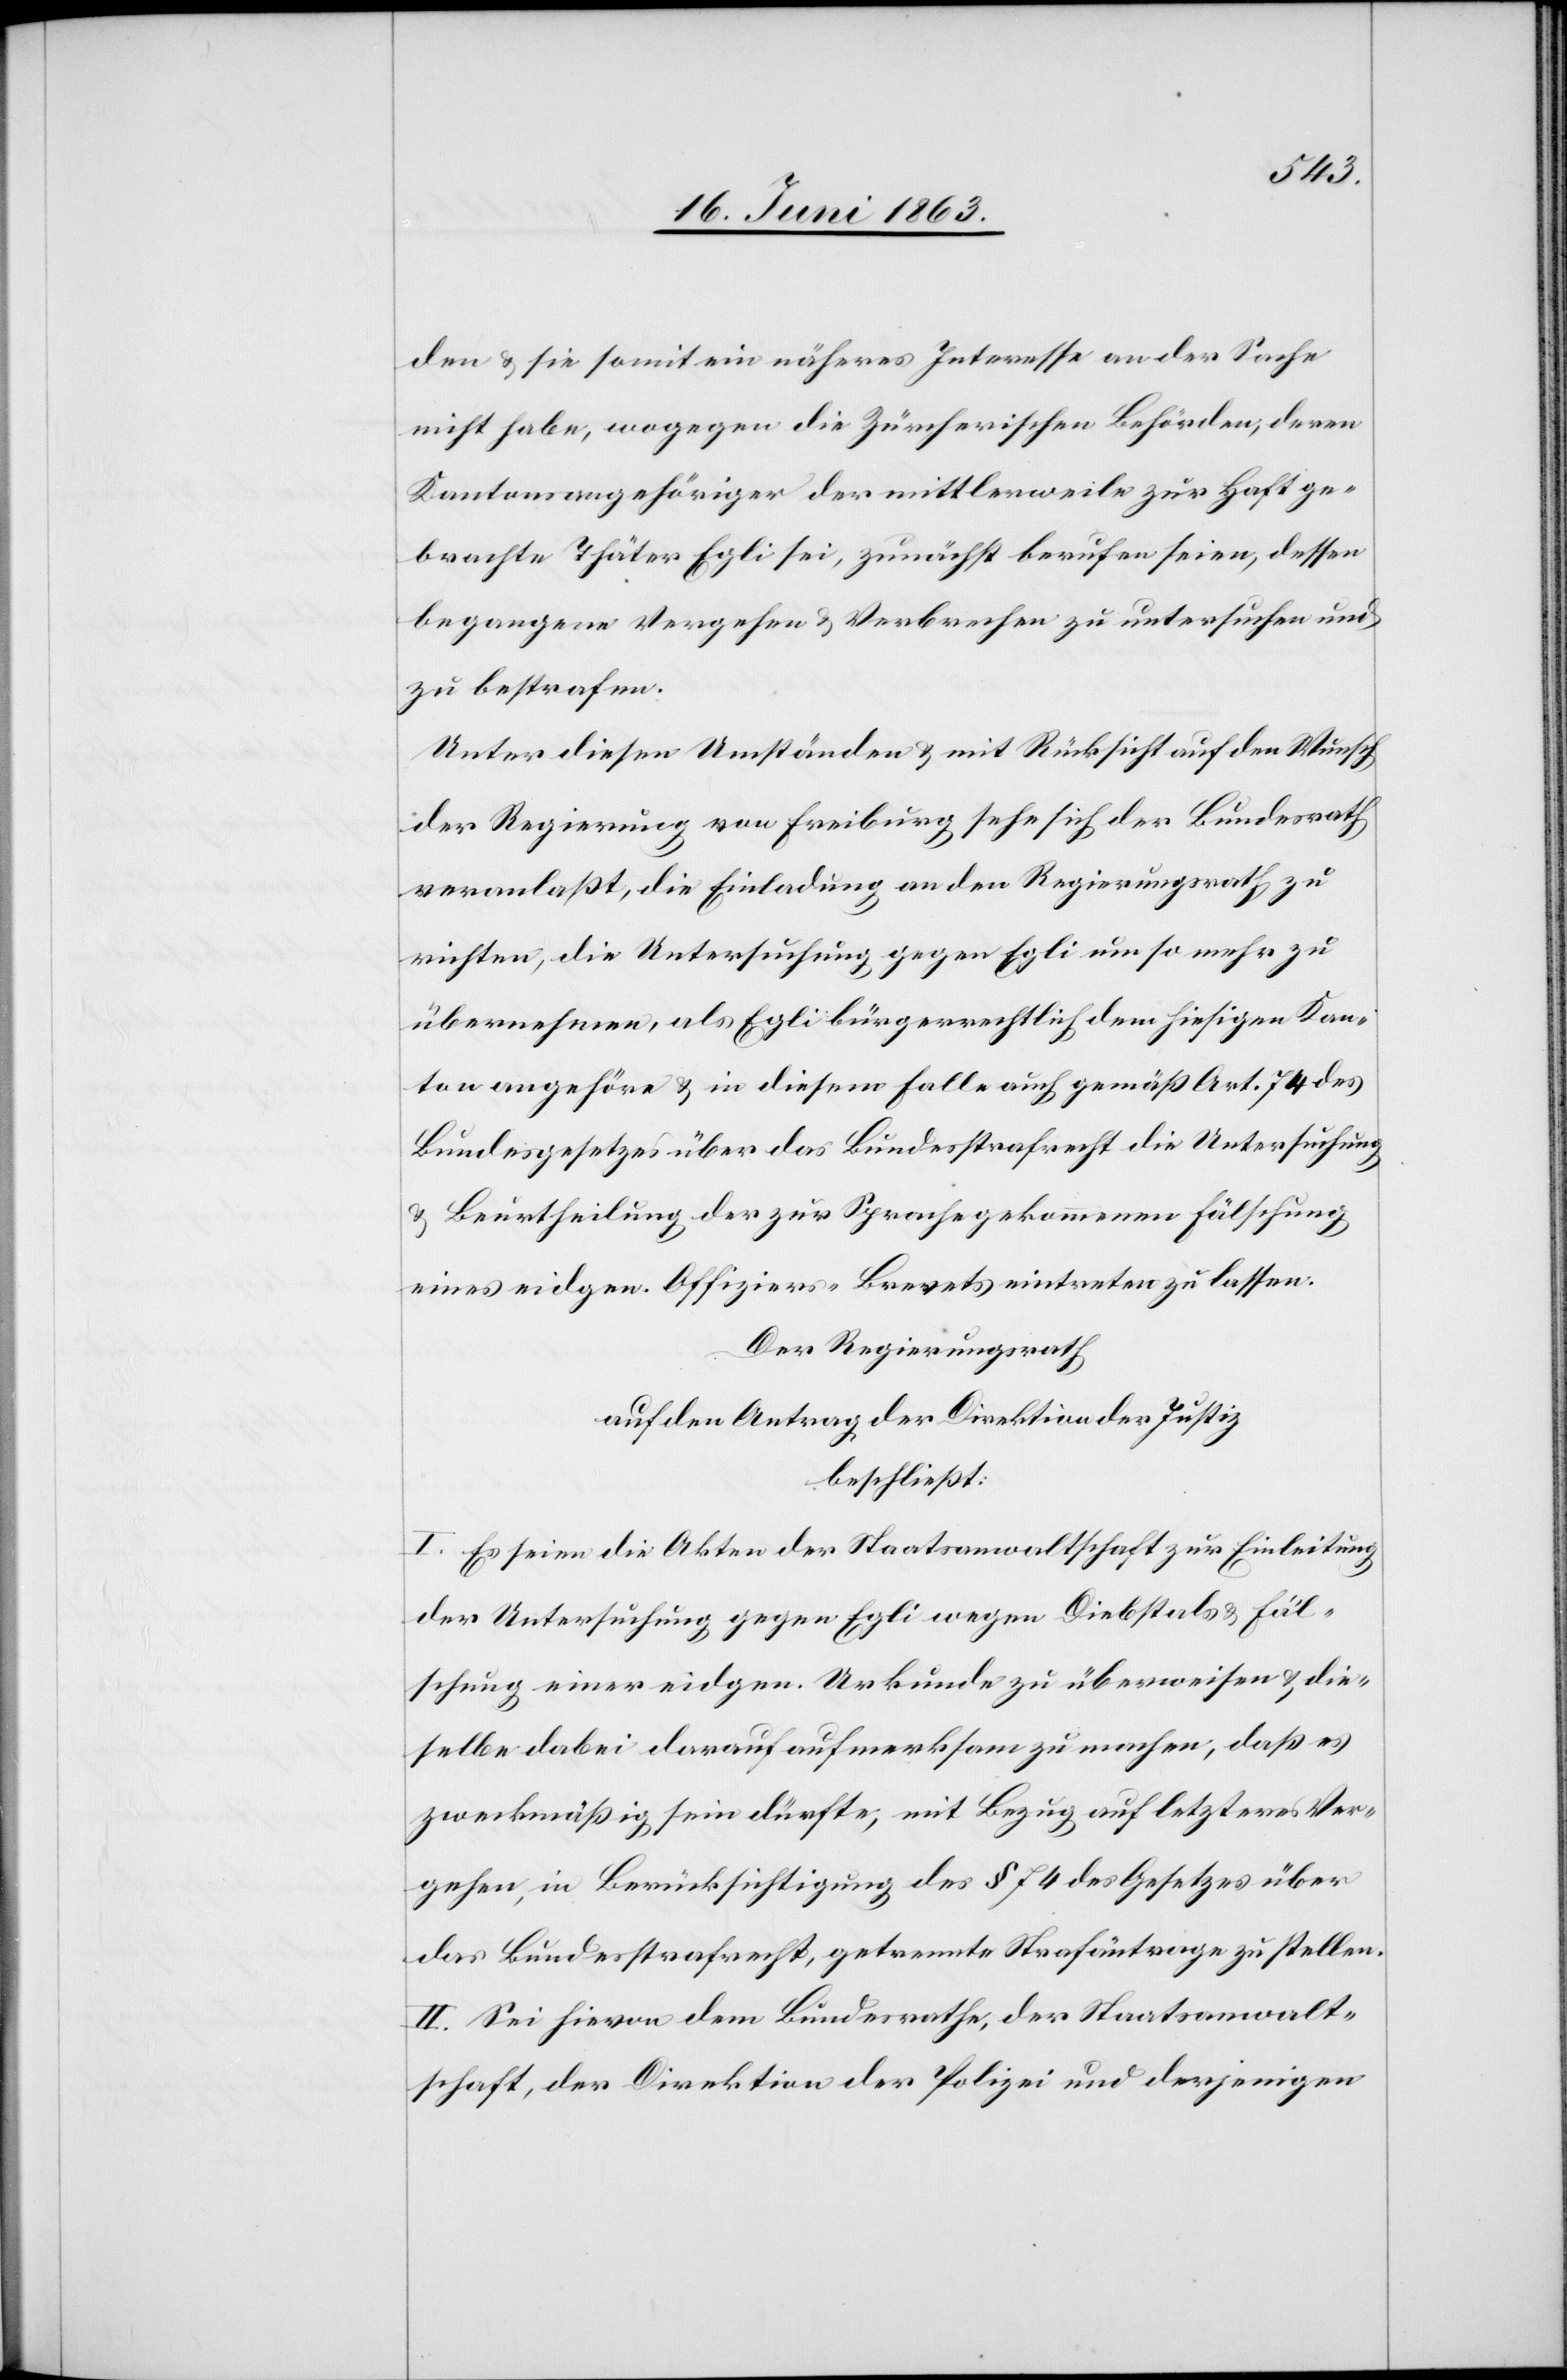
den & sie somit ein näheres Interesse an der Sache
nicht habe, wogegen die Zürcherischen Behörden, deren
Kantonsangehöriger der mittlerweile zur Haft ge¬
brachte Thäter Egli sei, zunächst berufen seien, dessen
begangene Vergehen & Verbrechen zu untersuchen und
zu bestrafen.
Unter diesen Umständen & mit Rücksicht auf den Wunsch
der Regierung von Freiburg sehe sich der Bundesrath
veranlaßt, die Einladung an den Regierungsrath zu
richten, die Untersuchung gegen Egli um so mehr zu
übernehmen, als Egli bürgerrechtlich dem hiesigen Kan¬
ton angehöre & in diesem Falle auch gemäß Art. 74 des
Bundesgesetzes über das Bundesstrafrecht die Untersuchung
& Beurtheilung der zur Sprache gekommenen Fälschung
eines eidgen. Offiziers-Brevets eintreten zu lassen.
Der Regierungsrath
auf den Antrag der Direktion der Justiz
beschließt:
I. Es seien die Akten der Staatsanwaltschaft zur Einleitung
der Untersuchung gegen Egli wegen Diebstals & Fäl¬
schung einer eidgen. Urkunde zu überweisen & die¬
selbe dabei darauf aufmerksam zu machen, daß es
zweckmäßig sein dürfte, mit Bezug auf letzteres Ver¬
gehen, in Berücksichtigung des § 74 des Gesetzes über
das Bundesstrafrecht, getrennte Strafäntrage [recte:
II. Sei hievon dem Bundesrathe, der Staatsanwalt¬
schaft, der Direktion der Polizei und derjenigen